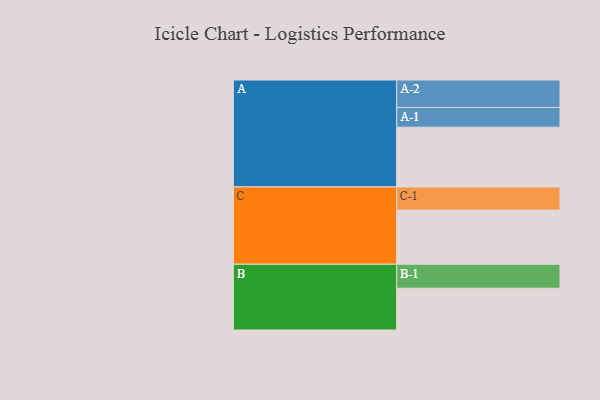
{"axis": {"x": "Segment", "y": "Value"}, "legend": ["", "A", "B", "C"], "data": [{"x": "A", "y": 531, "type": ""}, {"x": "B", "y": 371, "type": ""}, {"x": "C", "y": 481, "type": ""}, {"x": "A-1", "y": 175, "type": "A"}, {"x": "A-2", "y": 244, "type": "A"}, {"x": "B-1", "y": 213, "type": "B"}, {"x": "C-1", "y": 206, "type": "C"}]}